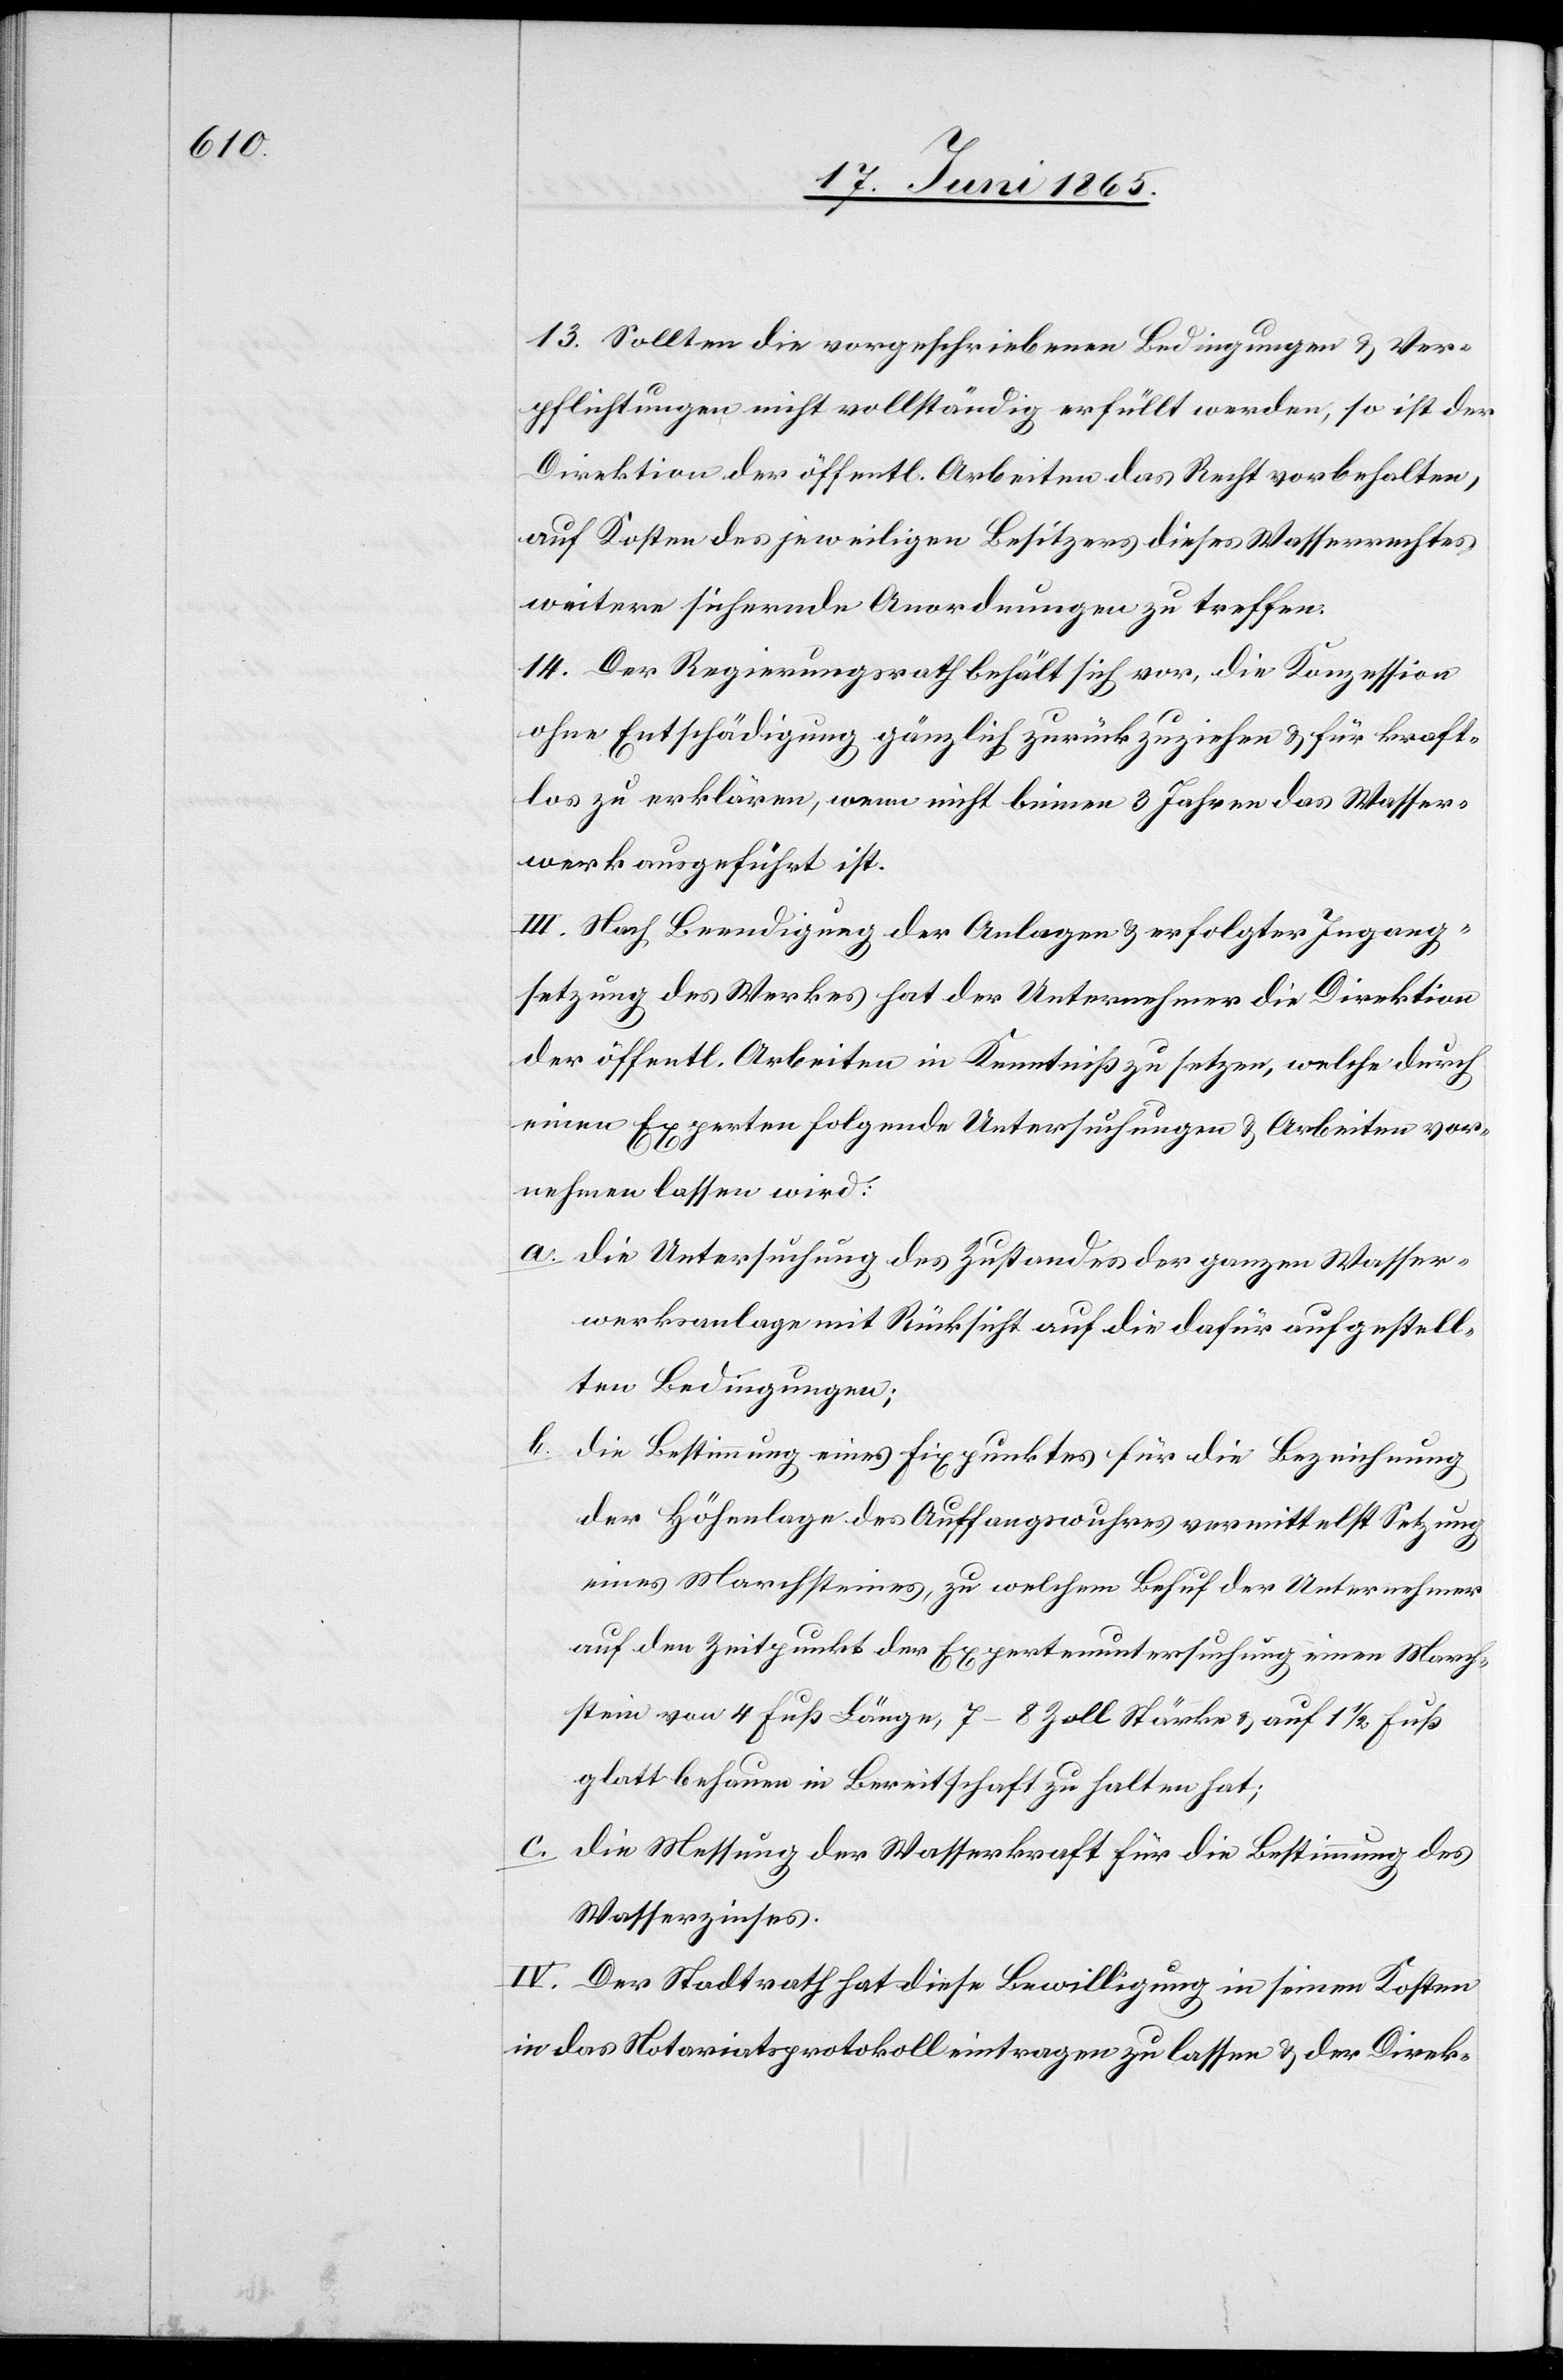
13. Sollten die vorgeschriebenen Bedingungen & Ver¬
pflichtungen nicht vollständig erfüllt werden, so ist der
Direktion der öffentl. Arbeiten das Recht vorbehalten,
auf Kosten des jeweiligen Besitzers dieses Wasserrechtes
weitere sichernde Anordnungen zu treffen.
14. Der Regierungsrath behält sich vor, die Konzession
ohne Entschädigung gänzlich zurück zuziehen & für kraft¬
los zu erklären, wenn nicht binnen 3 Jahren das Wasser¬
werk ausgeführt ist.
III. Nach Beendigung der Anlagen & erfolgter Ingang¬
setzung des Werkes hat der Unternehmer die Direktion
der öffentl. Arbeiten in Kenntniß zu setzen, welche durch
einen Experten folgende Untersuchungen & Arbeiten vor¬
nehmen lassen wird:
a. Die Untersuchung des Zustandes der ganzen Wasser¬
werksanlage mit Rücksicht auf die dafür aufgestell¬
ten Bedingungen;
b.
Die Bestimmung eines Fixpunktes für die Bezeichnung
der Höhenlage des Auffangswuhres vermittelst Setzung
eines Marchsteines, zu welchem Behuf der Unternehmer
auf den Zeitpunkt der Expertenuntersuchung einen March¬
stein von 4 Fuß Länge, 7–8 Zoll Stärke & auf 1 ½ Fuß
glattbehauen in Bereitschaft zu halten hat;
c.
Die Messung der Wasserkraft für die Bestimmung des
Wasserzinses.
IV. Der Stadtrath hat diese Bewilligung in seinen Kosten
in das Notariatsprotokoll eintragen zu lassen & der Direk-